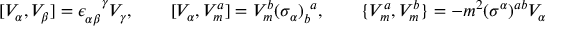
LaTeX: [ V _ { \alpha } , V _ { \beta } ] = \epsilon _ { \alpha \beta } ^ { ~ ~ ~ \! \gamma } V _ { \gamma } , \qquad [ V _ { \alpha } , V _ { m } ^ { a } ] = V _ { m } ^ { b } ( \sigma _ { \alpha } ) _ { b } ^ { ~ a } , \qquad \{ V _ { m } ^ { a } , V _ { m } ^ { b } \} = - m ^ { 2 } ( \sigma ^ { \alpha } ) ^ { a b } V _ { \alpha }